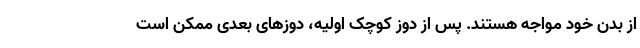
از بدن خود مواجه هستند. پس از دوز کوچک اولیه، دوزهای بعدی ممکن است